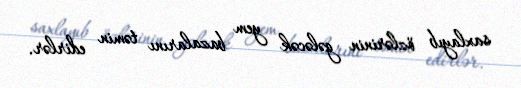
saxlayıb özlərinin gələcək yem bazalarını təmin edirlər.